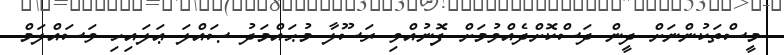
މީސްތަކުންނަށް ދީން ދަސްކޮށްދެއްވުމަށް ފޮނުއްވި ރަސޫލާ މުޙައްމަދު ޞައްލަ ޢަލައިހި ވަސައްލަމް